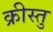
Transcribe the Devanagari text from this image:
क्रीस्तु